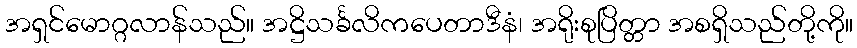
အရှင်မောဂ္ဂလာန်သည်။ အဋ္ဌိသင်္ခလိကပေတာဒီနံ၊ အရိုးစုပြိတ္တာ အစရှိသည်တို့ကို။